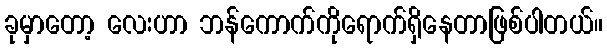
ခုမှာတော့ လေးဟာ ဘန်ကောက်ကိုရောက်ရှိနေတာဖြစ်ပါတယ်။